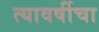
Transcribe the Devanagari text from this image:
त्यावर्षीचा